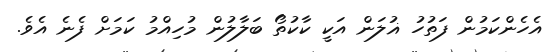
އެހެންކަމުން ފަތުހު ޣުލަން އަކީ ކާކުތޯ ބަލާލުން މުހިއްމު ކަމަށް ފެނެ އެެވެ.